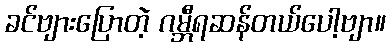
ခင်ဗျားပြောတဲ့ ဂမ္ဘီရဆန်တယ်ပေါ့ဗျာ။